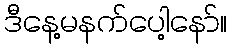
ဒီနေ့မနက်ပေါ့နော်။